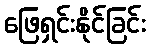
ဖြေရှင်းနိုင်ခြင်း